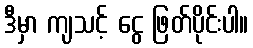
ဒီမှာ ကျသင့် ငွေ ဖြတ်ပိုင်းပါ။